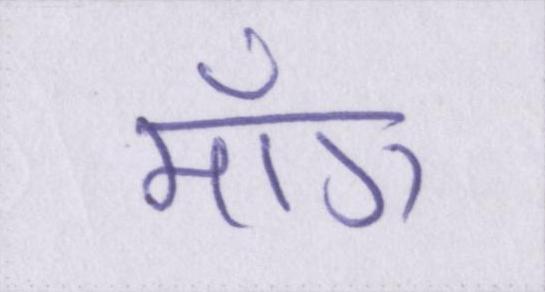
माँग